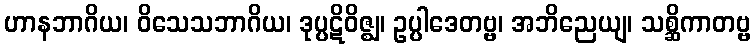
ဟာနဘာဂိယ၊ ဝိသေသဘာဂိယ၊ ဒုပ္ပဋိဝိဇ္ဈ၊ ဥပ္ပါဒေတဗ္ဗ၊ အဘိညေယျ၊ သစ္ဆိကာတဗ္ဗ